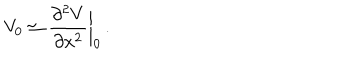
V _ { 0 } \simeq { \frac { \partial ^ { 2 } V } { \partial x ^ { 2 } } } \bigg | _ { 0 } \, .